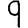
Digit: 9